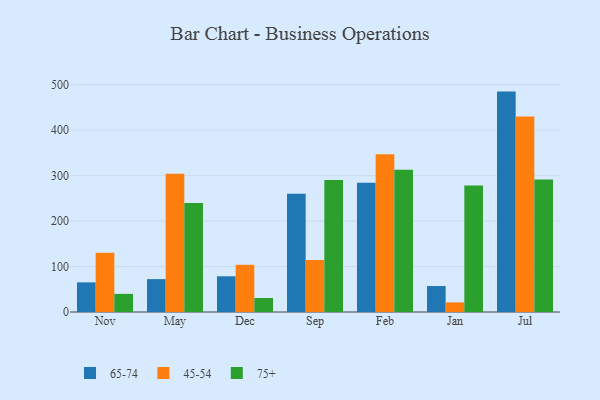
{"axis": {"x": "Month", "y": "Demand Index"}, "legend": ["45-54", "65-74", "75+"], "data": [{"x": "Nov", "y": 65.2, "type": "65-74"}, {"x": "Nov", "y": 130.3, "type": "45-54"}, {"x": "Nov", "y": 39.9, "type": "75+"}, {"x": "May", "y": 72.3, "type": "65-74"}, {"x": "May", "y": 303.9, "type": "45-54"}, {"x": "May", "y": 239.6, "type": "75+"}, {"x": "Dec", "y": 78.5, "type": "65-74"}, {"x": "Dec", "y": 103.8, "type": "45-54"}, {"x": "Dec", "y": 30.8, "type": "75+"}, {"x": "Sep", "y": 260.1, "type": "65-74"}, {"x": "Sep", "y": 114.2, "type": "45-54"}, {"x": "Sep", "y": 290.3, "type": "75+"}, {"x": "Feb", "y": 284.2, "type": "65-74"}, {"x": "Feb", "y": 347.0, "type": "45-54"}, {"x": "Feb", "y": 312.6, "type": "75+"}, {"x": "Jan", "y": 57.1, "type": "65-74"}, {"x": "Jan", "y": 21.1, "type": "45-54"}, {"x": "Jan", "y": 278.0, "type": "75+"}, {"x": "Jul", "y": 484.7, "type": "65-74"}, {"x": "Jul", "y": 429.8, "type": "45-54"}, {"x": "Jul", "y": 291.3, "type": "75+"}]}